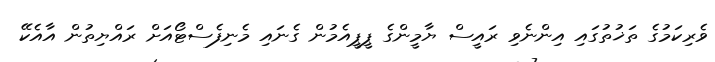
ވެރިކަމުގެ ތަޚުތުގައި އިންނެވި ރައީސް ޔާމީންގެ ޕީޕީއެމުން ގެނައި މެނިފެސްޓޯއަށް ރައްޔިތުން އާއެކޭ